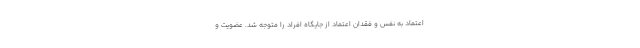
اعتماد به نفس و فقدانِ اعتماد از جایگاه افراد را متوجه شد. عضویت و